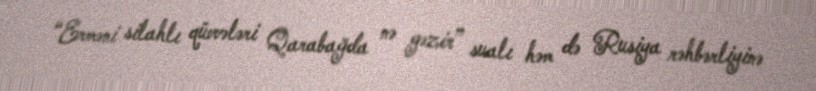
“Erməni silahlı qüvvələri Qarabağda nə gəzir” sualı həm də Rusiya rəhbərliyinə